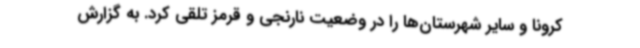
کرونا و سایر شهرستان‌ها را در وضعیت نارنجی و قرمز تلقی کرد. به گزارش